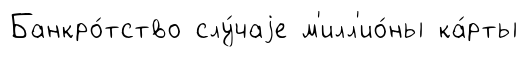
Банкро́тство слу́чаjе м'илл'ио́ны ка́рты